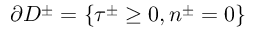
\partial D ^ { \pm } = \{ \tau ^ { \pm } \geq 0 , n ^ { \pm } = 0 \}